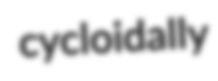
cycloidally